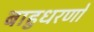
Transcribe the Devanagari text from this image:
बाहुधरणों